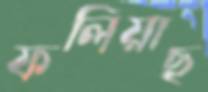
ফলিয়াছ